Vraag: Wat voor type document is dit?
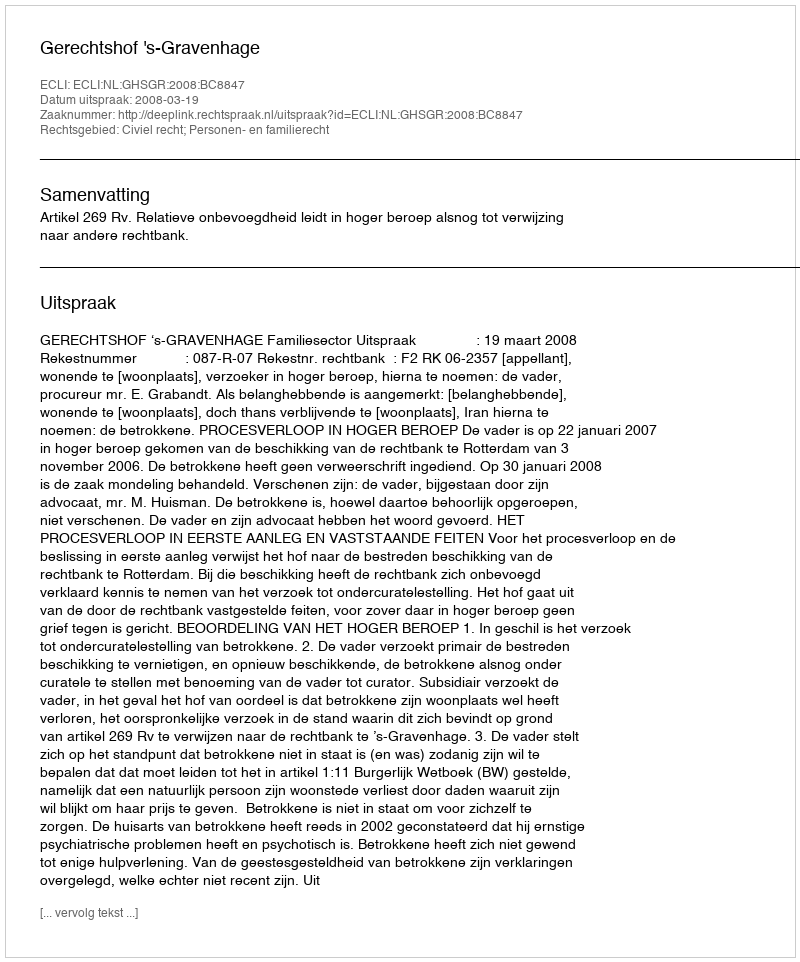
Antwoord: Uitspraak